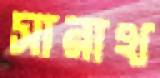
সারাথ